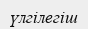
үлгілегіш